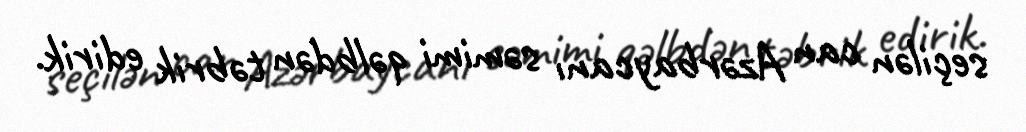
seçilən can Azərbaycanı səmimi qəlbdən təbrik edirik.